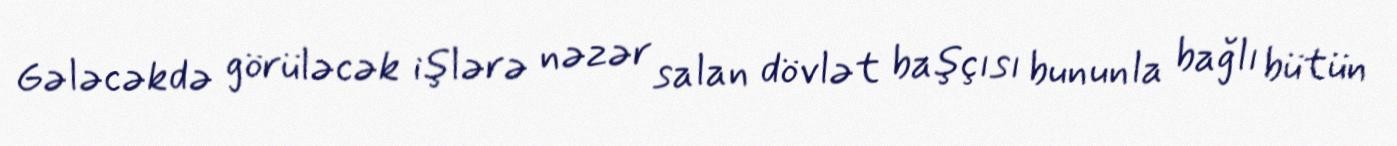
Gələcəkdə görüləcək işlərə nəzər salan dövlət başçısı bununla bağlı bütün